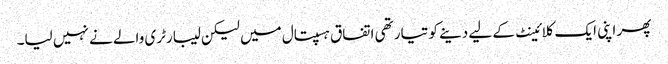
پھر اپنی ایک کلائینٹ کے لیے دینے کو تیار تھی اتفاق ہسپتال میں لیکن لیبارٹری والے نے نہیں لیا۔